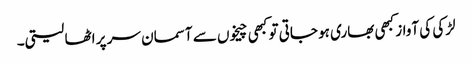
لڑکی کی آواز کبھی بھاری ہو جاتی تو کبھی چیخوں سے آسمان سر پر اٹھا لیتی۔